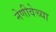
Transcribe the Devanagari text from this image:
नेणीवेच्या